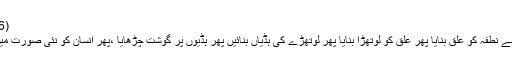
(1,2:96)
}پھر ہم نے نطفہ کو علق بنایا پھر علق کو لوتھڑا بنایا پھر لوتھڑے کی ہڈیاں بنائیں پھر ہڈیوں پر گوشت چڑھایا ،پھر انسان کو نئی صورت میں بنادیا ۔